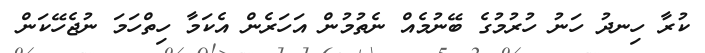
ކުރާ ހިނދު ހަނު ހުރުމުގެ ބޭނުމެއް ނެތުމުން އަހަރެން އެކަމާ ހިތްހަމަ ނުޖެހޭކަން